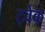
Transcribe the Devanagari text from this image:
ट्वेक